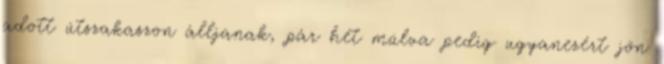
adott útszakaszon álljanak, pár hét múlva pedig ugyanezért jön